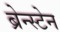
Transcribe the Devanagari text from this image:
ब्रेन्स्टेन